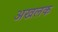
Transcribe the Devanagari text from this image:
अखलक